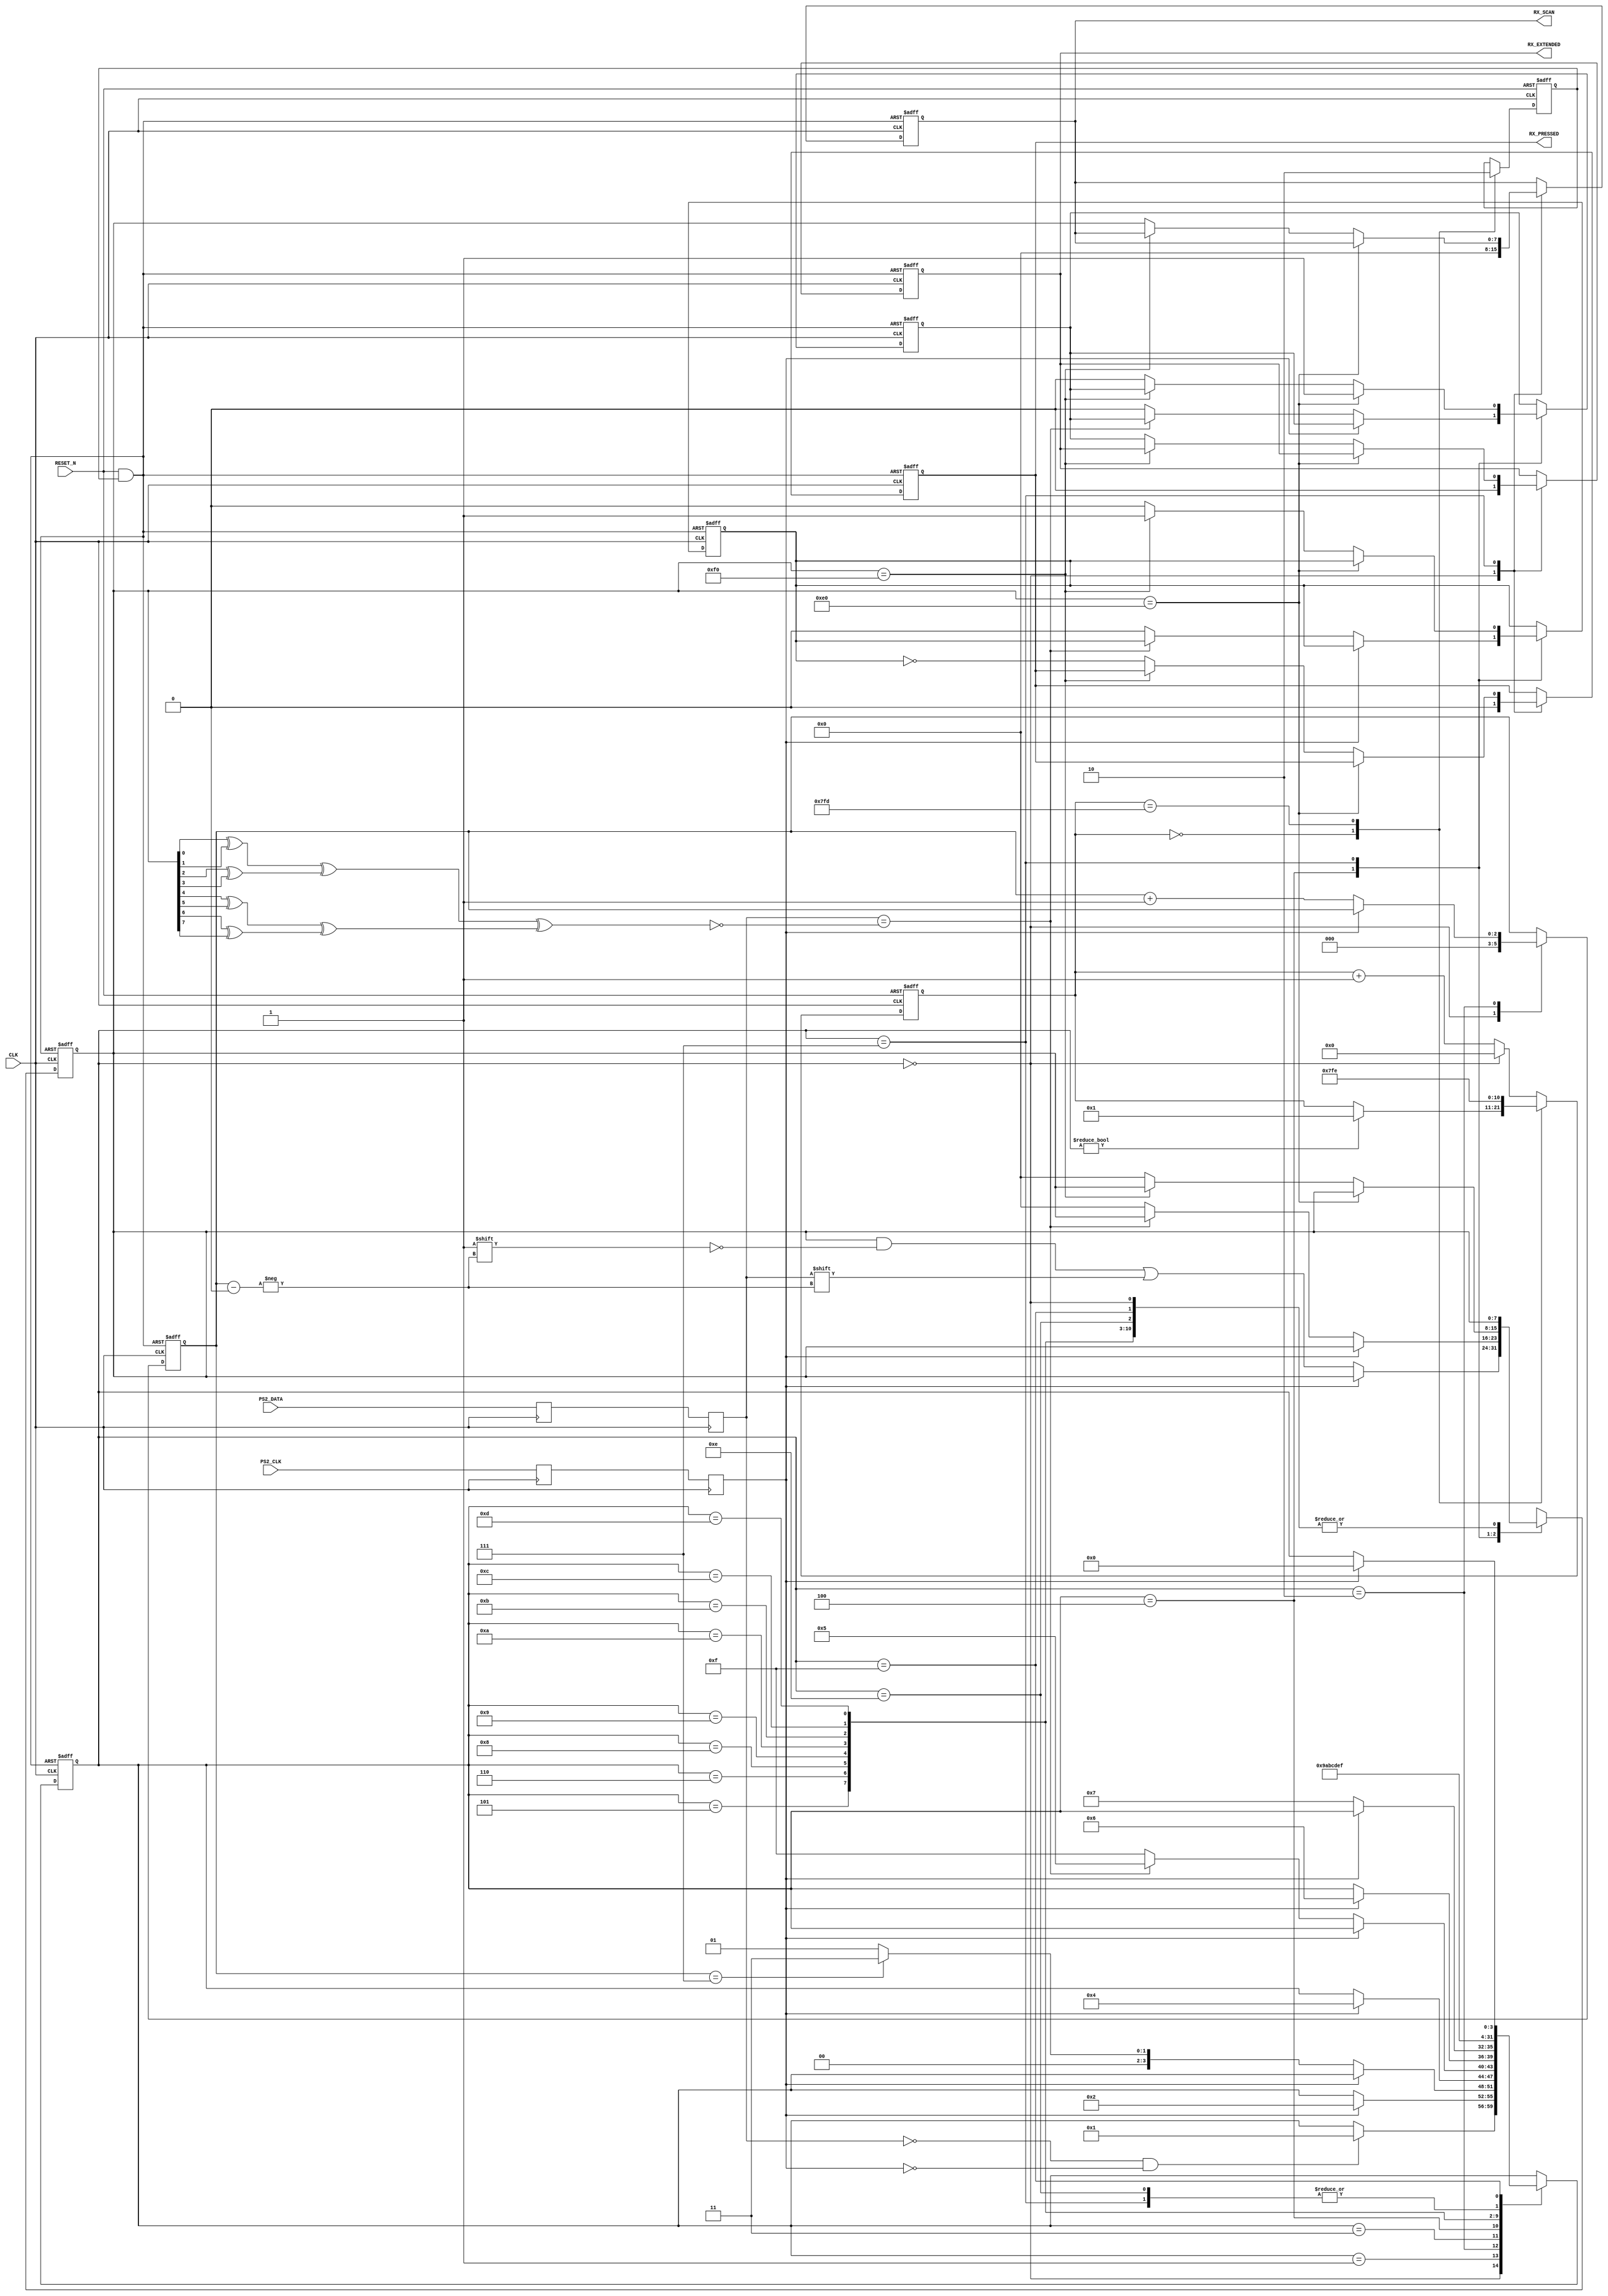
module ps2_keyboard (
CLK,
RESET_N,
PS2_CLK,
PS2_DATA,
RX_PRESSED,
RX_EXTENDED,
RX_SCAN
);

input					CLK;
input					RESET_N;
input					PS2_CLK;
input					PS2_DATA;
output				RX_PRESSED;
reg					RX_PRESSED;
output				RX_EXTENDED;
reg					RX_EXTENDED;
output	[7:0]		RX_SCAN;
reg		[7:0]		RX_SCAN;

reg					KB_CLK;
reg					KB_DATA;
reg					KB_CLK_B;
reg					KB_DATA_B;
reg					PRESSED_N;
reg					EXTENDED;
reg		[2:0]		BIT;
reg		[3:0]		STATE;
reg		[7:0]		SCAN;
wire					PARITY;
reg		[10:0]	TIMER;
reg					KILLER;
wire					RESET_X;



// Double buffer
always @ (posedge CLK)
begin
	KB_CLK_B		<=	PS2_CLK;
	KB_DATA_B	<= PS2_DATA;
	KB_CLK		<= KB_CLK_B;
	KB_DATA		<= KB_DATA_B;
end
assign PARITY =	~(((SCAN[0]^SCAN[1])
						  ^(SCAN[2]^SCAN[3]))
						 ^((SCAN[4]^SCAN[5])
						  ^(SCAN[6]^SCAN[7])));

assign RESET_X = RESET_N & KILLER;
always @ (negedge CLK or negedge RESET_N)
	if(!RESET_N)
	begin
		KILLER <= 1'b1;
		TIMER <= 11'h000;
	end
	else
		case(TIMER)
		11'h000:
		begin
			KILLER <= 1'b1;
			if(STATE != 4'h0)
				TIMER <= 11'h001;
		end
		11'h7FD:
		begin
			KILLER <= 1'b0;
			TIMER <= 11'h7FE;
		end
		default:
			if(STATE == 4'h0)
				TIMER <= 11'h000;
			else
				TIMER <= TIMER + 1'b1;
		endcase

always @ (posedge CLK or negedge RESET_X)
begin
	if(!RESET_X)
	begin
		STATE				<= 4'h0;
		SCAN				<= 8'h00;
		BIT				<= 3'b000;
		RX_SCAN			<=	8'h00;
		RX_PRESSED		<= 1'b0;
		RX_EXTENDED		<= 1'b0;
		PRESSED_N		<= 1'b0;
		EXTENDED			<= 1'b0;
	end
	else
	begin
		
		case (STATE)
		4'h0:						// Hunt for start bit
		begin
			BIT				<= 3'b000;
			RX_SCAN			<= 8'h00;
			RX_PRESSED		<= 1'b0;
			RX_EXTENDED		<= 1'b0;
			if(~KB_DATA & ~KB_CLK)				//look for start bit
					STATE			<= 4'h1;
		end
		4'h1:						// next bit
		begin
			if(KB_CLK)
				STATE				<= 4'h2;
		end
		4'h2:						// Hunt for Bit
		begin
			if(~KB_CLK)
			begin
				SCAN[BIT]		<= KB_DATA;
				BIT				<= BIT + 1'b1;
				if(BIT == 3'b111)
					STATE				<= 4'h3;
				else
					STATE				<= 4'h1;
			end
		end
		4'h3:						// Hunt for Bit
		begin
			if(KB_CLK)
				STATE	<= 4'h4;
		end
		4'h4:						// Test parity
		begin
			if(~KB_CLK)
			begin
				if(KB_DATA == PARITY)
					STATE				<= 4'h5;
				else
				begin
					PRESSED_N	<= 1'b0;
					EXTENDED		<= 1'b0;
					SCAN			<= 8'h00;
					STATE			<= 4'hF;
				end
			end
		end
		4'h5:						// Look for Stop bit
		begin
			if(KB_CLK)
				STATE	<= 4'h6;
		end
		4'h6:						// Stop bit
		begin
			if(~KB_CLK)
				STATE	<= 4'h7;
		end
		4'h7:
		begin
			if(SCAN ==8'hE0)
			begin
				EXTENDED <= 1'b1;
				STATE		<= 4'hF;
			end
			else
				if(SCAN == 8'hF0)
				begin
					PRESSED_N	<= 1'b1;
					STATE			<= 4'hF;
				end
				else
				begin
					RX_SCAN		<= SCAN;
					RX_PRESSED	<= ~PRESSED_N;
					RX_EXTENDED	<= EXTENDED;
					PRESSED_N	<= 1'b0;
					EXTENDED		<= 1'b0;
					SCAN			<= 8'h00;
					STATE			<= 4'hF;
				end
			end
		4'h8:
		begin
			STATE				<= 4'h9;
		end
		4'h9:
		begin
			STATE				<= 4'hA;
		end
		4'hA:
		begin
			STATE				<= 4'hB;
		end
		4'hB:
		begin
			STATE				<= 4'hC;
		end
		4'hC:
		begin
			STATE				<= 4'hD;
		end
		4'hD:
		begin
			STATE				<= 4'hE;
		end
		4'hE:
		begin
			STATE				<= 4'hF;
		end
		4'hF:
		begin
			if(KB_CLK)
				STATE			<= 4'h0;
		end
		endcase
	end
end

endmodule